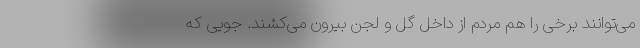
می‌توانند برخی را هم مردم از داخل گل و لجن بیرون می‌کشند. جویی که